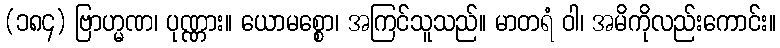
(၁၈၄) ဗြာဟ္မဏ၊ ပုဏ္ဏား။ ယောမစ္စော၊ အကြင်သူသည်။ မာတရံ ဝါ၊ အမိကိုလည်းကောင်း။